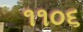
૧૧૦૬